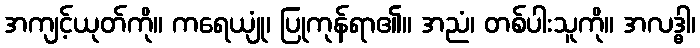
အကျင့်ယုတ်ကို။ ကရေယျုံ၊ ပြုကုန်ရာ၏။ အညံ၊ တစ်ပါးသူကို။ အလဒ္ဓါ၊